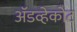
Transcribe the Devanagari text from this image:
ॲडव्हेकोट